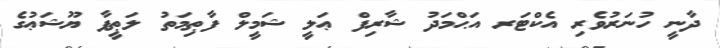
ދާނީ ހުނަރުވެރި އެކްޓަރ އަޙްމަދު ޝާރިފް ޢަލީ ޝަމީލް ފާޠިމަތު ލަޠީފާ ޔޫޝަޢުގެ